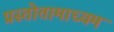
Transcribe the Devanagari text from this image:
प्रस्तोतामाध्यम